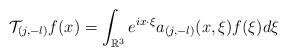
LaTeX: \begin{align*}\mathcal{T}_{(j,-l)}f(x)=\int_{\mathbb{R}^3} e^{ix\cdot\xi} a_{(j,-l)}(x,\xi)f(\xi)d\xi\end{align*}